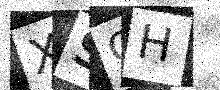
Text: XSCH